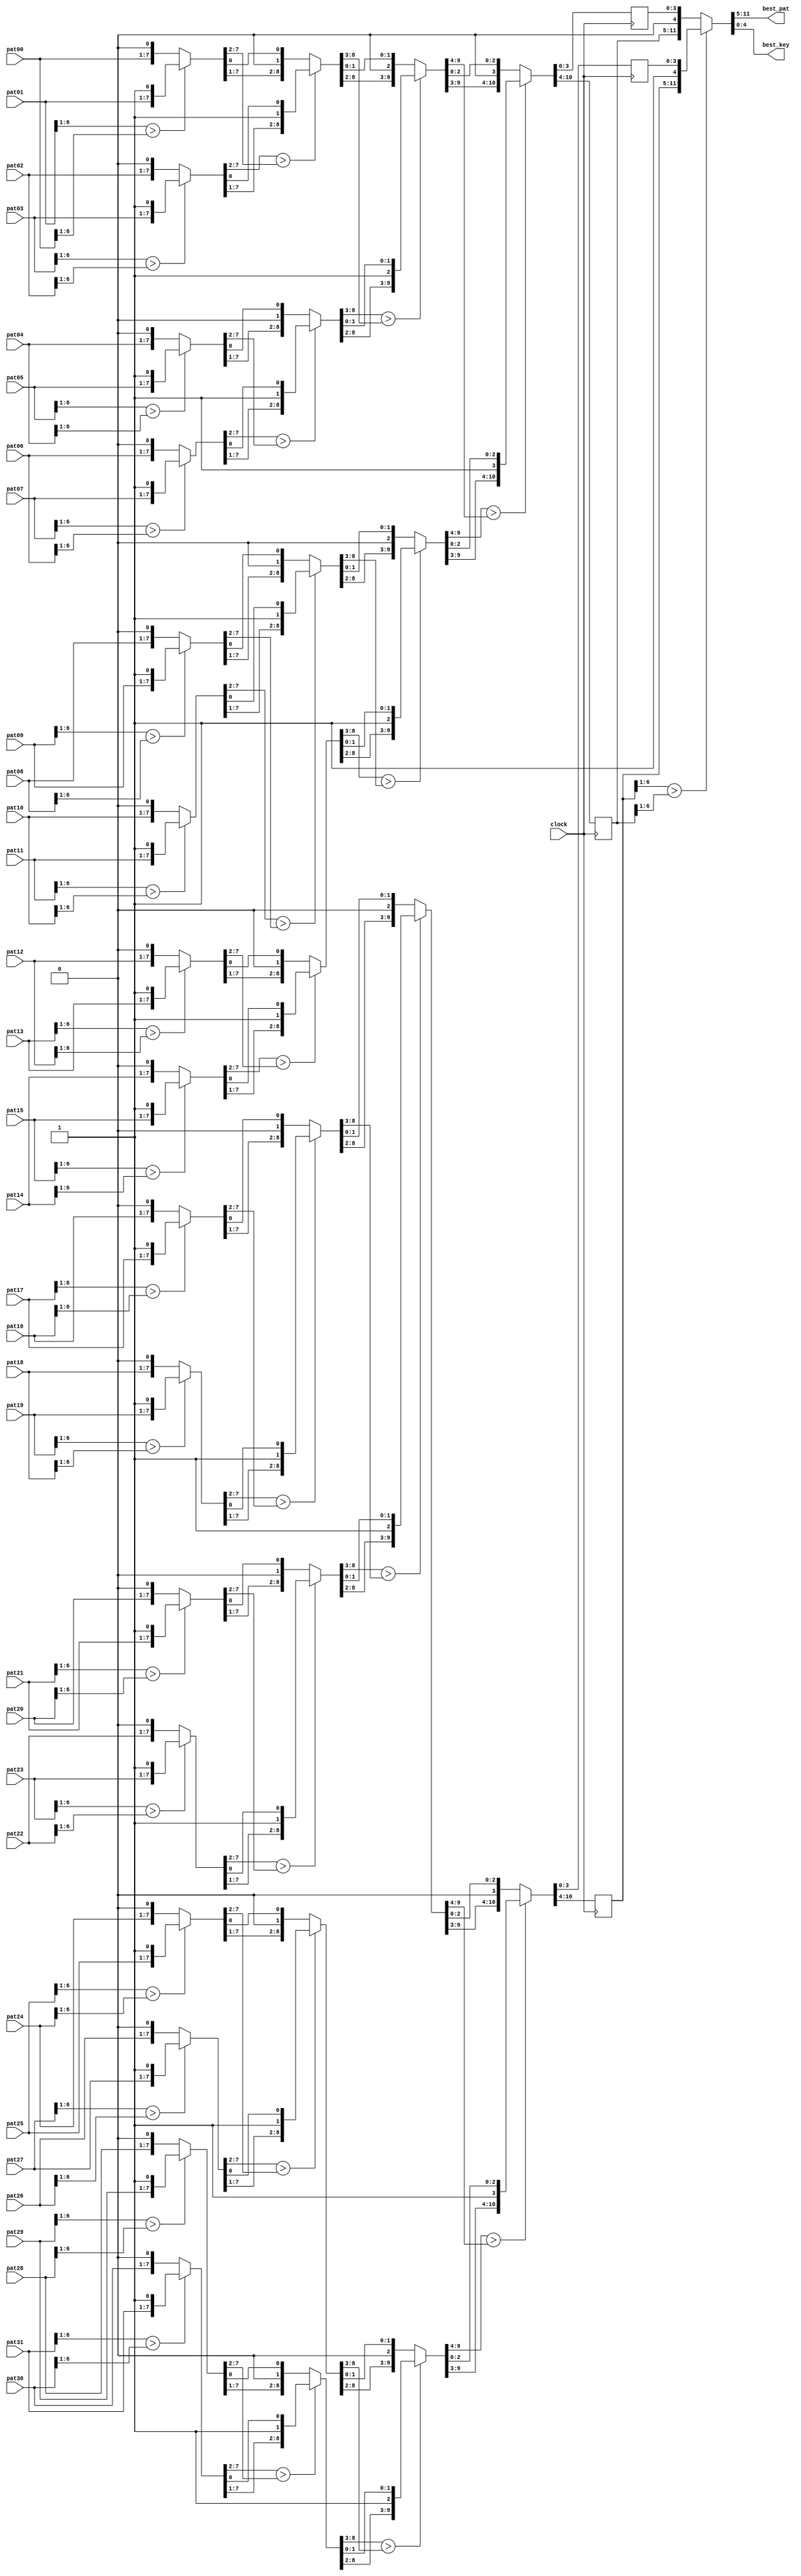
`timescale 1ns / 1ps
//-------------------------------------------------------------------------------------------------------------------
// Best 1 of 32 1/2-strip hit patterns:
//  Uses compare-by-twos tree to find best 1 of 32 pattern hits
//  Returns pattern ID, hits, and key
//  If two patterns are equal, the lower key is returned
//
//  11/08/2006  Initial
//  12/11/2006  Add pipeline latches
//  12/13/2006  Non-busy version
//  12/20/2006  Replace envelope hits with pattern ids
//  12/22/2006  Sort based on 6-bit patterns instead of just number of hits
//  01/10/2007  Increase pattern bits to 3 hits + 4 bends
//  02/01/2007  Revert from sorting on patterns to sorting on hits
//  02/20/2007  Go back to sorting on pattern numbers
//  05/07/2007  Confirm pipeline is optimized at best 2 of 4 stage
//  05/08/2007  Change pattern numbers 1-9 to 0-8 so lsb now implies bend direction, ignore lsb during sort
//  08/20/2009  Add register balancing
//  08/21/2009  Take out register balancing, ise8.2 does not need it
//  08/12/2010  Port to ISE 12
//-------------------------------------------------------------------------------------------------------------------
  module best_1of32
  (
  clock,

  pat00, pat01, pat02, pat03, pat04, pat05, pat06, pat07,
  pat08, pat09, pat10, pat11, pat12, pat13, pat14, pat15,
  pat16, pat17, pat18, pat19, pat20, pat21, pat22, pat23,
  pat24, pat25, pat26, pat27, pat28, pat29, pat30, pat31,

  best_pat,
  best_key
  );

// Constants
  parameter MXPIDB    =  4;        // Pattern ID bits
  parameter MXHITB    =  3;        // Hits on pattern bits
  parameter MXPATB    =  3+4;      // Pattern bits
  parameter MXKEYB    =  5;        // Number of 1/2-strip key bits on 1 CFEB

// Ports
  input          clock;

  input  [MXPATB-1:0]  pat00, pat01, pat02, pat03, pat04, pat05, pat06, pat07;
  input  [MXPATB-1:0]  pat08, pat09, pat10, pat11, pat12, pat13, pat14, pat15;
  input  [MXPATB-1:0]  pat16, pat17, pat18, pat19, pat20, pat21, pat22, pat23;
  input  [MXPATB-1:0]  pat24, pat25, pat26, pat27, pat28, pat29, pat30, pat31;

  output  [MXPATB-1:0]  best_pat;
  output  [MXKEYB-1:0]  best_key;

// Local 2d Arrays
  wire [MXPATB-1:0]  pat_s0  [15:0];
  wire [MXPATB-1:0]  pat_s1  [7:0];
  wire [MXPATB-1:0]  pat_s2  [3:0];
  reg  [MXPATB-1:0]  pat_s3  [1:0];
  wire [MXPATB-1:0]  pat_s4  [0:0];

  wire [0:0]  key_s0  [15:0];
  wire [1:0]  key_s1  [7:0];
  wire [2:0]  key_s2  [3:0];
  reg  [3:0]  key_s3  [1:0];
  wire [4:0]  key_s4  [0:0];

// Stage 0: Best 16 of 32
  assign {pat_s0[15],key_s0[15]} = (pat31[6:1] > pat30[6:1]) ? {pat31,1'b1} : {pat30,1'b0};
  assign {pat_s0[14],key_s0[14]} = (pat29[6:1] > pat28[6:1]) ? {pat29,1'b1} : {pat28,1'b0};
  assign {pat_s0[13],key_s0[13]} = (pat27[6:1] > pat26[6:1]) ? {pat27,1'b1} : {pat26,1'b0};
  assign {pat_s0[12],key_s0[12]} = (pat25[6:1] > pat24[6:1]) ? {pat25,1'b1} : {pat24,1'b0};

  assign {pat_s0[11],key_s0[11]} = (pat23[6:1] > pat22[6:1]) ? {pat23,1'b1} : {pat22,1'b0};
  assign {pat_s0[10],key_s0[10]} = (pat21[6:1] > pat20[6:1]) ? {pat21,1'b1} : {pat20,1'b0};
  assign {pat_s0[ 9],key_s0[ 9]} = (pat19[6:1] > pat18[6:1]) ? {pat19,1'b1} : {pat18,1'b0};
  assign {pat_s0[ 8],key_s0[ 8]} = (pat17[6:1] > pat16[6:1]) ? {pat17,1'b1} : {pat16,1'b0};

  assign {pat_s0[ 7],key_s0[ 7]} = (pat15[6:1] > pat14[6:1]) ? {pat15,1'b1} : {pat14,1'b0};
  assign {pat_s0[ 6],key_s0[ 6]} = (pat13[6:1] > pat12[6:1]) ? {pat13,1'b1} : {pat12,1'b0};
  assign {pat_s0[ 5],key_s0[ 5]} = (pat11[6:1] > pat10[6:1]) ? {pat11,1'b1} : {pat10,1'b0};
  assign {pat_s0[ 4],key_s0[ 4]} = (pat09[6:1] > pat08[6:1]) ? {pat09,1'b1} : {pat08,1'b0};

  assign {pat_s0[ 3],key_s0[ 3]} = (pat07[6:1] > pat06[6:1]) ? {pat07,1'b1} : {pat06,1'b0};
  assign {pat_s0[ 2],key_s0[ 2]} = (pat05[6:1] > pat04[6:1]) ? {pat05,1'b1} : {pat04,1'b0};
  assign {pat_s0[ 1],key_s0[ 1]} = (pat03[6:1] > pat02[6:1]) ? {pat03,1'b1} : {pat02,1'b0};
  assign {pat_s0[ 0],key_s0[ 0]} = (pat01[6:1] > pat00[6:1]) ? {pat01,1'b1} : {pat00,1'b0};

// Stage 1: Best 8 of 16
  assign {pat_s1[7],key_s1[7]} = (pat_s0[15][6:1] > pat_s0[14][6:1]) ? {pat_s0[15],{1'b1,key_s0[15]}} : {pat_s0[14],{1'b0,key_s0[14]}};
  assign {pat_s1[6],key_s1[6]} = (pat_s0[13][6:1] > pat_s0[12][6:1]) ? {pat_s0[13],{1'b1,key_s0[13]}} : {pat_s0[12],{1'b0,key_s0[12]}};
  assign {pat_s1[5],key_s1[5]} = (pat_s0[11][6:1] > pat_s0[10][6:1]) ? {pat_s0[11],{1'b1,key_s0[11]}} : {pat_s0[10],{1'b0,key_s0[10]}};
  assign {pat_s1[4],key_s1[4]} = (pat_s0[ 9][6:1] > pat_s0[ 8][6:1]) ? {pat_s0[ 9],{1'b1,key_s0[ 9]}} : {pat_s0[ 8],{1'b0,key_s0[ 8]}};
  assign {pat_s1[3],key_s1[3]} = (pat_s0[ 7][6:1] > pat_s0[ 6][6:1]) ? {pat_s0[ 7],{1'b1,key_s0[ 7]}} : {pat_s0[ 6],{1'b0,key_s0[ 6]}};
  assign {pat_s1[2],key_s1[2]} = (pat_s0[ 5][6:1] > pat_s0[ 4][6:1]) ? {pat_s0[ 5],{1'b1,key_s0[ 5]}} : {pat_s0[ 4],{1'b0,key_s0[ 4]}};
  assign {pat_s1[1],key_s1[1]} = (pat_s0[ 3][6:1] > pat_s0[ 2][6:1]) ? {pat_s0[ 3],{1'b1,key_s0[ 3]}} : {pat_s0[ 2],{1'b0,key_s0[ 2]}};
  assign {pat_s1[0],key_s1[0]} = (pat_s0[ 1][6:1] > pat_s0[ 0][6:1]) ? {pat_s0[ 1],{1'b1,key_s0[ 1]}} : {pat_s0[ 0],{1'b0,key_s0[ 0]}};

// Stage 2: Best 4 of 8
  assign {pat_s2[3],key_s2[3]} = (pat_s1[7][6:1] > pat_s1[6][6:1]) ? {pat_s1[7],{1'b1,key_s1[7]}} : {pat_s1[6],{1'b0,key_s1[6]}};
  assign {pat_s2[2],key_s2[2]} = (pat_s1[5][6:1] > pat_s1[4][6:1]) ? {pat_s1[5],{1'b1,key_s1[5]}} : {pat_s1[4],{1'b0,key_s1[4]}};
  assign {pat_s2[1],key_s2[1]} = (pat_s1[3][6:1] > pat_s1[2][6:1]) ? {pat_s1[3],{1'b1,key_s1[3]}} : {pat_s1[2],{1'b0,key_s1[2]}};
  assign {pat_s2[0],key_s2[0]} = (pat_s1[1][6:1] > pat_s1[0][6:1]) ? {pat_s1[1],{1'b1,key_s1[1]}} : {pat_s1[0],{1'b0,key_s1[0]}};

// Stage 3: Best 2 of 4, pipeline latch
  always @(posedge clock) begin
         {pat_s3[1],key_s3[1]} = (pat_s2[3][6:1] > pat_s2[2][6:1]) ? {pat_s2[3],{1'b1,key_s2[3]}} : {pat_s2[2],{1'b0,key_s2[2]}};
         {pat_s3[0],key_s3[0]} = (pat_s2[1][6:1] > pat_s2[0][6:1]) ? {pat_s2[1],{1'b1,key_s2[1]}} : {pat_s2[0],{1'b0,key_s2[0]}};
  end

// Stage 4: Best 1 of 2
  assign {pat_s4[0],key_s4[0]} = (pat_s3[1][6:1] > pat_s3[0][6:1]) ? {pat_s3[1],{1'b1,key_s3[1]}} : {pat_s3[0],{1'b0,key_s3[0]}};

  assign best_pat = pat_s4[0];
  assign best_key = key_s4[0];

//-------------------------------------------------------------------------------------------------------------------
  endmodule
//-------------------------------------------------------------------------------------------------------------------